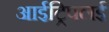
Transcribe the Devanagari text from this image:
आईट्रिपलई